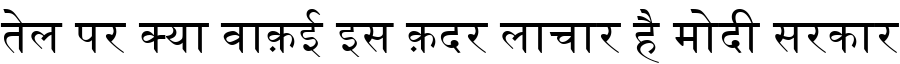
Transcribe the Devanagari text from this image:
तेल पर क्या वाक़ई इस क़दर लाचार है मोदी सरकार